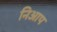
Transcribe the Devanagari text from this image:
निआप